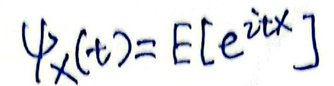
\[
\psi_X(t) = E\left[e^{itX}\right]
\]